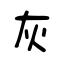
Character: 灰